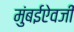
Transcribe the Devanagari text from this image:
मुंबईऐवजी